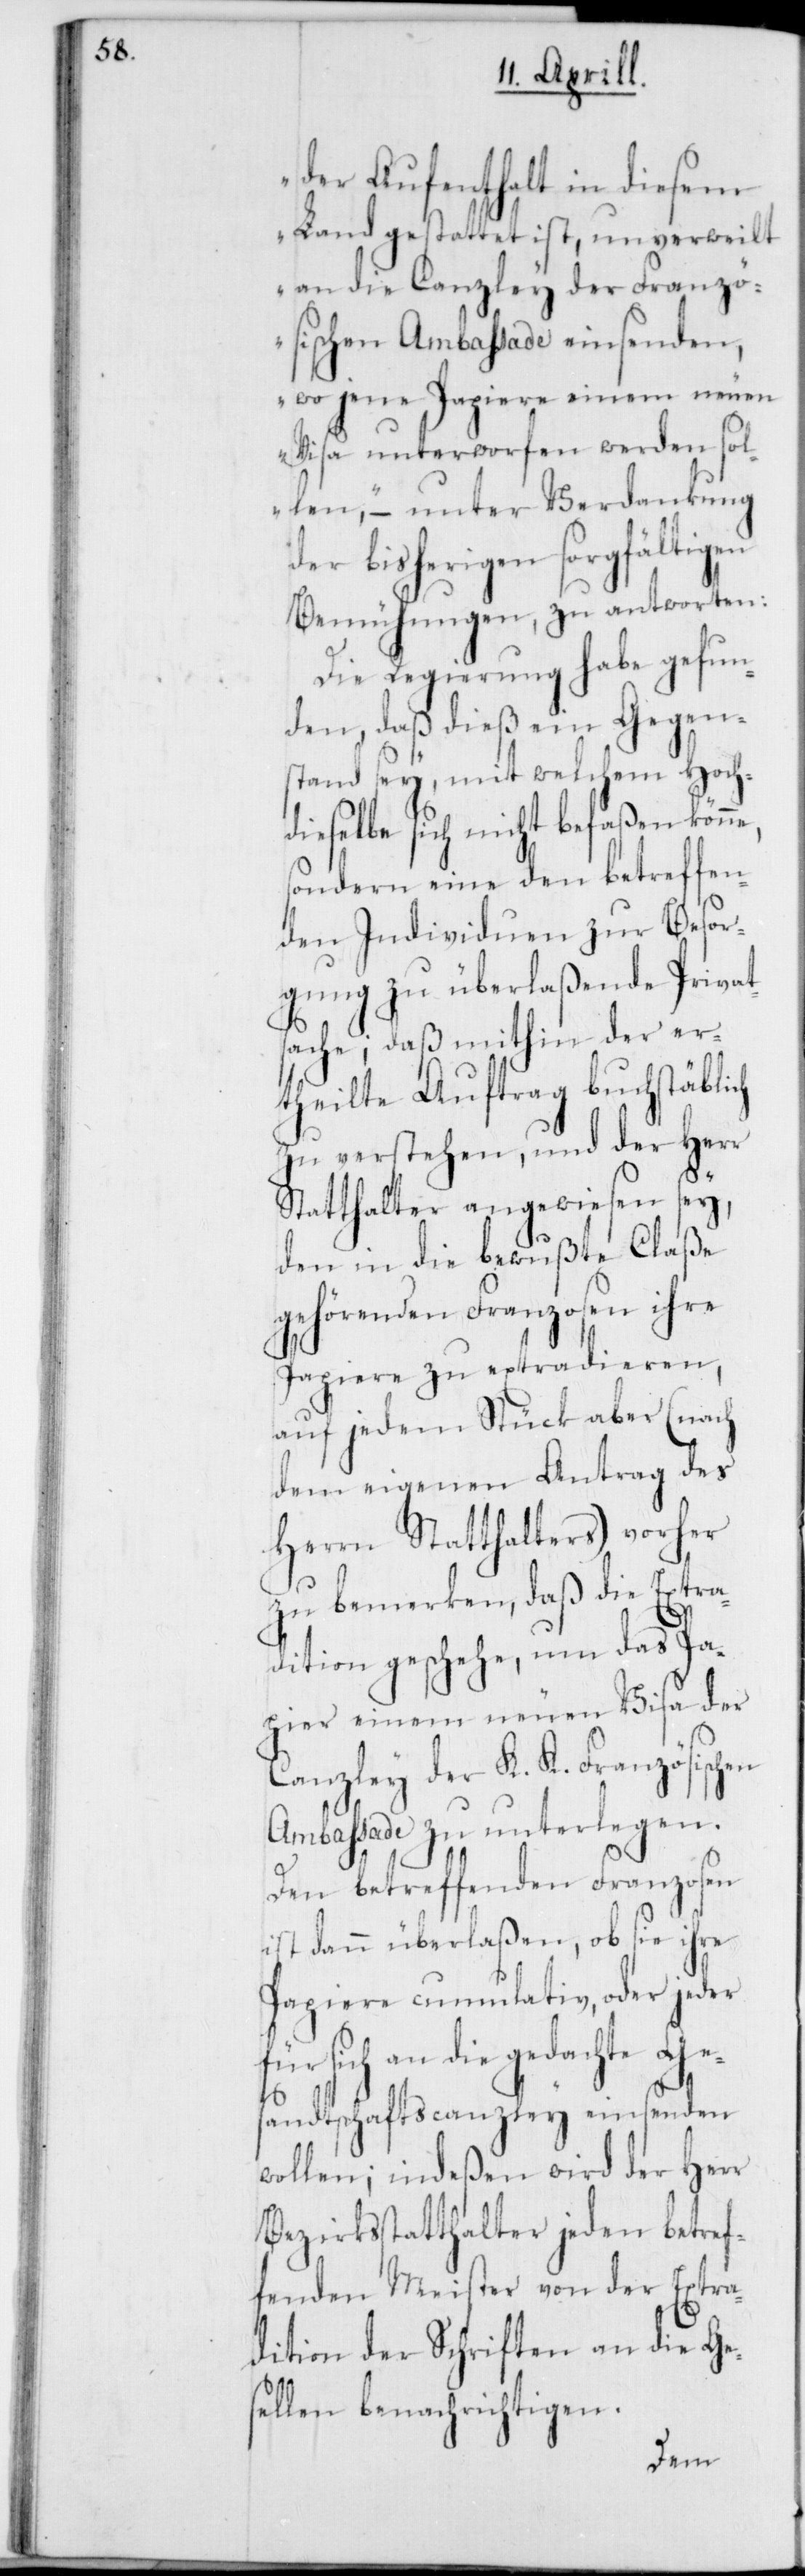
di¬

der Aufenthalt in diesem
Land gestattet ist, unverweilt
an die Canzley der Franzö¬
sischen Ambassade einsenden,
wo jene Papiere einem neuen
Visa unterworfen werden sol¬
len“, – unter Verdankung
der bisherigen sorgfältigen
Bemühungen, zu antworten:
Die Regierung habe gefun¬
den, daß dies ein Gegen¬
stand sey, mit welchem Hoch¬
eselbe sich nicht befaßen
sondern eine den betreffen¬
den Individuen zur Besor¬
gung zu überlaßende Privat¬
sache; daß mithin der er¬
theilte Auftrag buchstäblich
zu verstehen, und der Herr
Statthalter angewiesen sey,
den in die bewußte Claße
gehörenden Franzosen ihre
Papiere zu extradieren,
auf jedem Stück aber (nach
dem eigenen Antrag des
Herrn Statthalters) vorher
zu bemerken, daß die Extra¬
dition geschehe, um das Pa¬
pier einem neuen Visa der
Canzley der K. K. Französischen
Ambassade zu unterlegen.
Den betreffenden Franzosen
ist dann überlaßen, ob sie ihre
Papiere cumulativ, oder jeder
sich an die gedachte Ge¬
sandtschaftscanzley einsenden
wollen; indeßen wird der Herr
Bezirksstatthalter jeden betref¬
fenden Meister von der Extra¬
dition der Schriften an die Ge¬
sellen benachrichtigen.